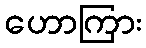
ဟောကြား